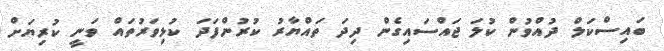
ބައިސްކަލް ދުއްވުން ކުލަ ޖައްސައިގެން ދިދަ ތައްޔާރު ކުރުންފަދަ ކުޅިވަރުތައް ވަނީ ކުރިޔަށް